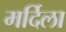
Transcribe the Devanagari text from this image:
मर्दिला